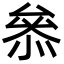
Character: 叅